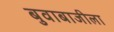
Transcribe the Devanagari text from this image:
बुवाबाजीला